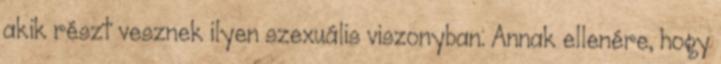
akik részt vesznek ilyen szexuális viszonyban. Annak ellenére, hogy